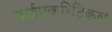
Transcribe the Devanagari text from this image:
डाईएकरिटिकल